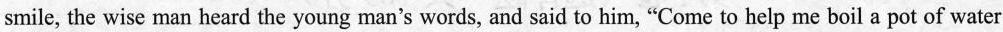
smile, the wise man heard the young man's words, and said to him, "Come to help me boil a pot of water